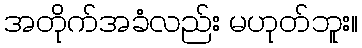
အတိုက်အခံလည်း မဟုတ်ဘူး။